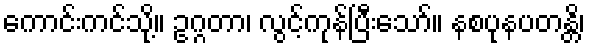
ကောင်းကင်သို့။ ဥဂ္ဂတာ၊ လွင့်ကုန်ပြီးသော်။ နစပုနပတန္တိ၊